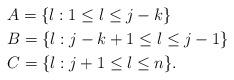
LaTeX: \begin{align*}&A=\{l:1\leq l\leq j-k\}\\&B=\{l:j-k+1\leq l\leq j-1\}\\&C=\{l:j+1\leq l\leq n\}.\end{align*}